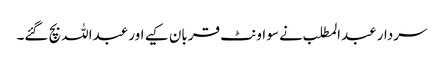
سردار عبدالمطلب نے سو اونٹ قربان کیے اور عبداللہ بچ گئے۔